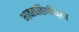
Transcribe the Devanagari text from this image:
भावाबहिणींच्या